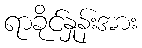
ရာခိုင်နှုန်းအား